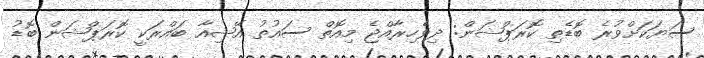
ސަޔަކަށްވުރެ ބޮޑެތި ކޮރަޕްޝަން: ދިވެހިރާއްޖެ މިއޮތް ސައުތު އޭޝިއާ ބައްރަކީ ކޮރަޕްޝަން ބޮޑު